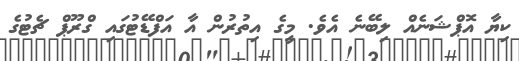
ކިޔާ އޮޕްޝަނެއް ލިބޭނެ އެވެ. މީގެ އިތުރުން އާ އަފްޑޭޓުގައި ގްރޫޕް ޗެޓުގެ